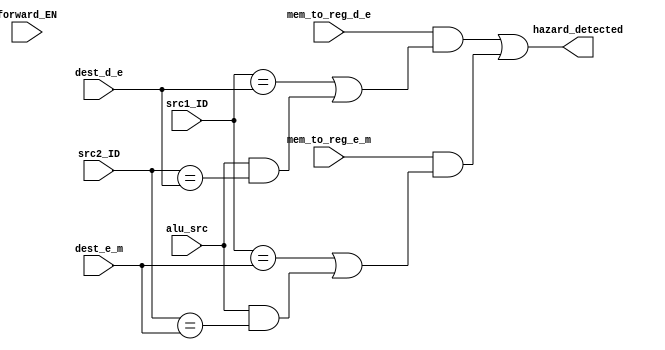
module hazard_detection(input forward_EN,input alu_src,input [4:0] src1_ID,input [4:0] src2_ID,input [4:0] dest_d_e,
input mem_to_reg_d_e,input [4:0] dest_e_m,input mem_to_reg_e_m,output hazard_detected);

wire src2_is_valid, exe_hazard, mem_hazard, hazard;

assign src2_is_valid = alu_src;//si es inmediate o no

assign exe_hazard = mem_to_reg_d_e && (src1_ID == dest_d_e || (src2_is_valid && src2_ID == dest_d_e));//si hay writeback y a la vez uno de mis sources es igual al dest anterior 
assign mem_hazard = mem_to_reg_e_m && (src1_ID == dest_e_m || (src2_is_valid && src2_ID == dest_e_m));//significa que hay raw

assign hazard = (exe_hazard || mem_hazard);//si alguno esta prendido hay dependencia 


assign hazard_detected = (forward_EN==1'b0) ? hazard : hazard;

endmodule